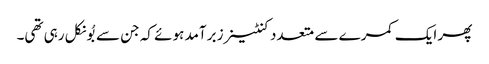
پھر ایک کمرے سے متعدد کنٹینرز برآمد ہوئے کہ جن سے بُو نکل رہی تھی۔